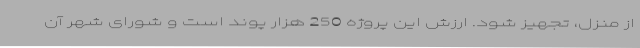
از منزل، تجهیز شود. ارزش این پروژه 250 هزار پوند است و شورای شهر آن